Report on sanitation, dispensaries, and jails in Rajputana for 1910, and on vaccination for the year 1910-1911 - 1910-1911
Year: 1910
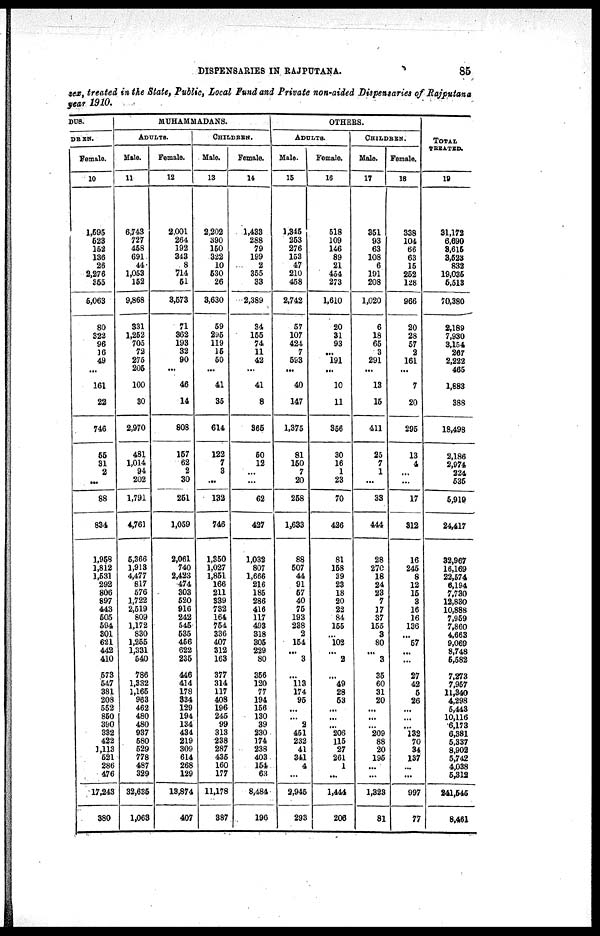
DISPENSARIES IN RAJPUTANA.
85
sex, treated in the State, Public, Local Fund and Private non-aided Dispensaries of Rajputana
year 1910.
DUS.
DREN.
Female.
10
1,595
523
152
136
26
2,276
355
5,063
80
322
96
16
49
...
161
22
746
55
31
2
...
88
834
1,958
1,812
1,531
292
806
897
443
505
594
301
621
442
410
573
547
381
208
552
850
390
332
422
1,113
521
286
476
17,243
380
MUHAMMADANS.
ADULTS.
Male.
11
6,743
727
458
691
44
1,053
152
9,868
331
1,252
705
72
275
205
100
80
2,970
481
1,014
94
202
1,791
4,761
5,366
1,913
4,477
817
576
1,722
2,519
809
1,172
830
1,255
1,331
540
786
1,332
1,165
963
462
480
480
937
580
529
778
487
329
32,635
1,063
Female.
12
2,001
264
192
343
8
714
51
3,573
71
362
193
32
90
...
46
14
808
157
62
2
30
251
1,059
2,061
740
2,423
474
303
520
916
242
545
535
456
622
235
446
414
178
334
129
194
134
434
219
309
614
268
129
13,874
407
CHILDREN.
Male.
13
2,202
390
150
322
10
630
26
3,630
69
295
119
15
50
...
41
35
614
122
7
3
...
132
746
1,350
1,027
1,851
166
211
339
732
164
754
336
407
312
163
377
314
117
408
196
245
99
313
238
287
435
160
177
11,178
387
Female.
14
1,433
288
79
199
2
355
33
2,389
34
155
74
11
42
...
41
8
365
50
12
...
...
62
427
1,032
807
1,666
216
185
286
416
117
493
318
305
229
80
356
120
77
194
156
130
39
230
174
238
403
154
63
8,484
196
OTHERS.
ADULTS.
Male.
15
1,345
253
276
153
47
210
458
2,742
57
107
424
7
593
...
40
147
1,375
81
150
7
20
258
1,633
88
507
44
91
57
40
75
193
238
2
154
...
3
...
113
174
95
...
...
2
451
232
41
341
4
...
2,945
293
Female.
16
518
109
146
89
21
454
273
1,610
20
31
93
...
191
...
10
11
356
30
16
1
23
70
426
81
158
39
23
18
20
22
84
155
...
102
...
2
...
49
28
63
...
...
...
206
115
27
261
1
...
1,444
206
CHILDREN.
Male.
17
351
93
63
108
6
191
208
1,020
6
18
65
3
291
...
13
15
411
25
7
1
...
33
444
28
270
18
24
23
7
17
37
155
3
80
...
3
35
60
31
20
...
...
...
209
88
20
195
...
...
1,323
81
Female.
18
338
104
66
63
15
252
128
966
20
28
57
2
161
...
7
20
295
13
4
...
...
17
312
16
245
8
12
15
3
16
16
136
...
57
...
...
27
42
5
26
...
...
...
132
70
34
137
...
...
997
77
TOTAL
TREATED.
19
31,172
6,690
3,615
3,523
832
19,035
5,513
70,380
2,189
7,930
3,154
267
2,222
465
1,883
388
18,498
2,186
2,974
224
535
5,919
24,417
32,967
16,169
22,574
6,194
7,730
12,830
10,888
7,959
7,860
4,663
9,069
8,748
5,582
7,273
7,957
11,340
4,298
5,443
10,116
6,173
6,381
5,337
8,902
5,742
4,038
5,312
241,545
8,461